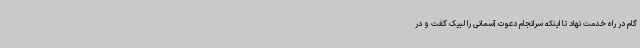
گام در راه خدمت نهاد تا اینکه سرانجام دعوت آسمانی را لبیک گفت و در